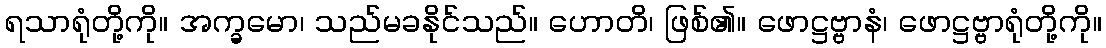
ရသာရုံတို့ကို။ အက္ခမော၊ သည်မခနိုင်သည်။ ဟောတိ၊ ဖြစ်၏။ ဖောဋ္ဌဗ္ဗာနံ၊ ဖောဋ္ဌဗ္ဗာရုံတို့ကို။